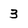
Character: 3